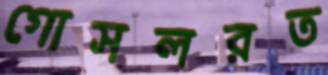
গোসলরত